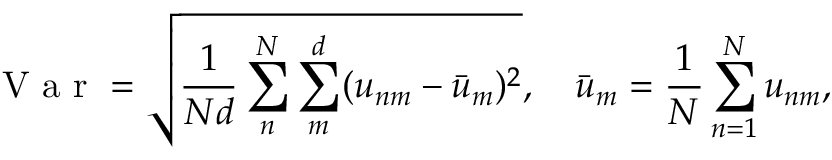
\mathrm { ~ V ~ a ~ r ~ } = \sqrt { \frac { 1 } { N d } \sum _ { n } ^ { N } \sum _ { m } ^ { d } ( u _ { n m } - \bar { u } _ { m } ) ^ { 2 } } , \quad \bar { u } _ { m } = \frac { 1 } { N } \sum _ { n = 1 } ^ { N } u _ { n m } ,